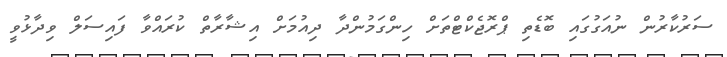
ސަރުކާރުން ނުއަގުގައި ބޮޑެތި ޕްރޮޖެކްޓްތަށް ހިންގަމުންދާ ދިއުމަށް އިޝާރާތް ކުރައްވާ ފައިސަލް ވިދާޅުވީ